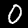
Digit: 0